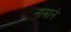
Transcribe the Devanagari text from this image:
नामाने